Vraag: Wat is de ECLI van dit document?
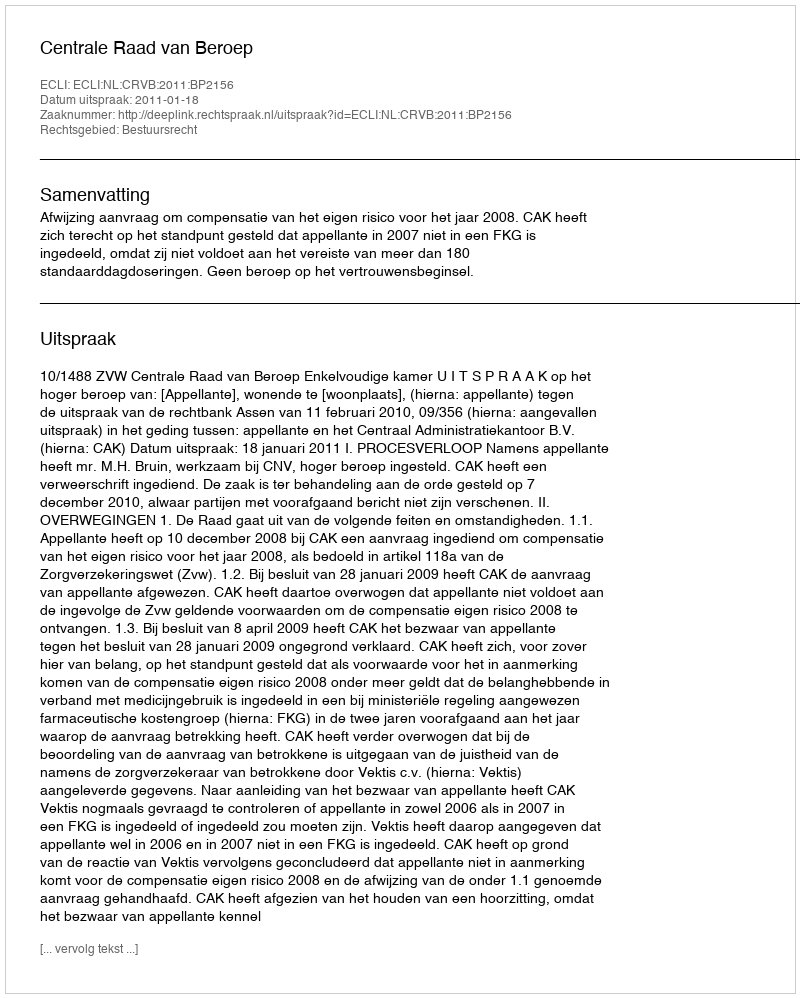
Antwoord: ECLI:NL:CRVB:2011:BP2156